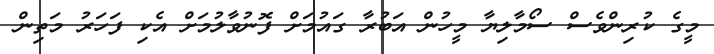
މީގެ ކުރިންވެސް ސޯމާލިޔާ މީހުން އަބުރާ ގައުމަށް ފޮނުވާލުމަށް އެކި ފަހަރު މަތިން